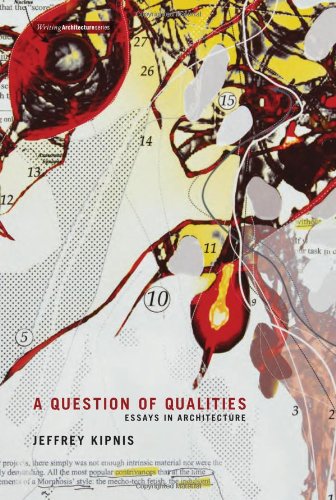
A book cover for A Question of Qualities: Essays in Architecture (Writing Architecture); Jeffrey Kipnis; Arts & Photography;